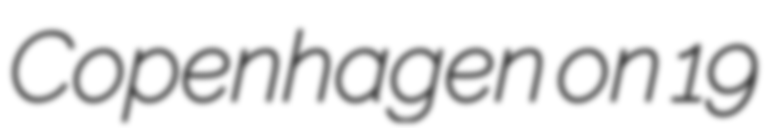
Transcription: Copenhagen on 19